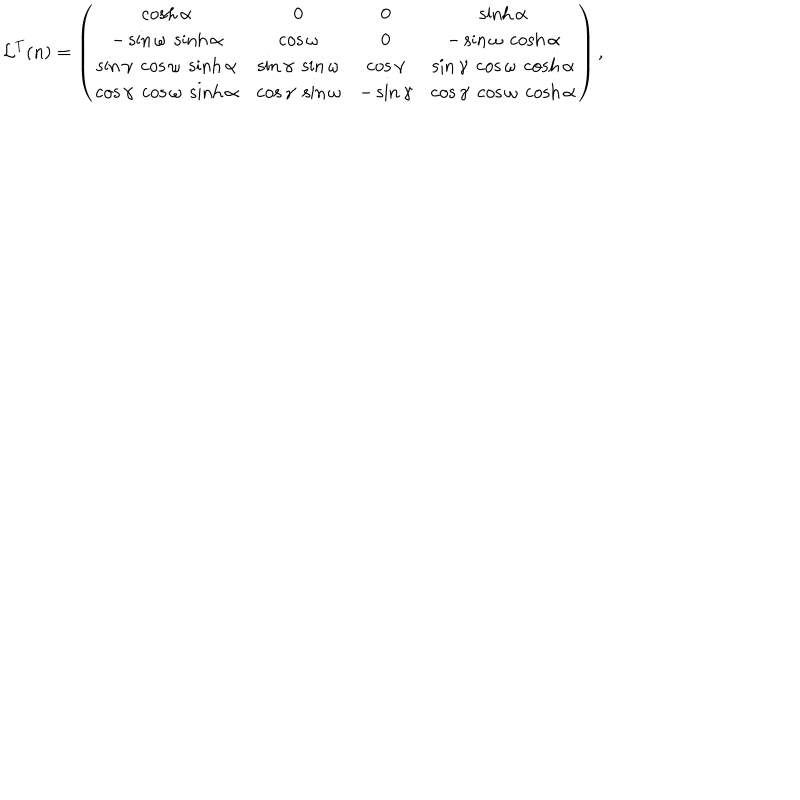
LaTeX: { \cal L } ^ { T } ( n ) = \left( \begin{matrix} { { \cosh \alpha } } & { { 0 } } & { { 0 } } & { { \sinh \alpha } } \\ { { - \sin \omega \; \sinh \alpha } } & { { \cos \omega } } & { { 0 } } & { { - \sin \omega \; \cosh \alpha } } \\ { { \sin \gamma \; \cos \omega \; \sinh \alpha } } & { { \sin \gamma \; \sin \omega } } & { { \cos \gamma } } & { { \sin \gamma \; \cos \omega \; \cosh \alpha } } \\ { { \cos \gamma \; \cos \omega \; \sinh \alpha } } & { { \cos \gamma \; \sin \omega } } & { { - \sin \gamma } } & { { \cos \gamma \; \cos \omega \; \cosh \alpha } } \\ \end{matrix} \right) ,